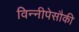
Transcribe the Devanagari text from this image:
विन्नीपेसौकी